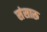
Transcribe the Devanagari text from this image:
संसारू